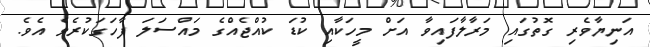
އަނިޔާވެރި ގޮތުގައި މަރާލާފައިވާ އަށް މީހަކާއި ކުޑަ ކުއްޖެއްގެ މައްސަލަ ފާހަގަކުރެވެ އެވެ.